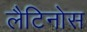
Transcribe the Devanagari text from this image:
लैटिनोस